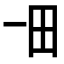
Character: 𤰓